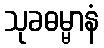
သုခဓမ္မာနံ